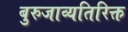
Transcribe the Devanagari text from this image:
बुरुजाव्यतिरिक्त